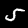
Digit: 5